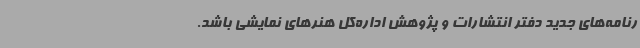
رنامه‌های جدید دفتر انتشارات و پژوهش اداره‌کل هنرهای نمایشی باشد.